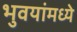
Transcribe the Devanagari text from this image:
भुवयांमध्ये